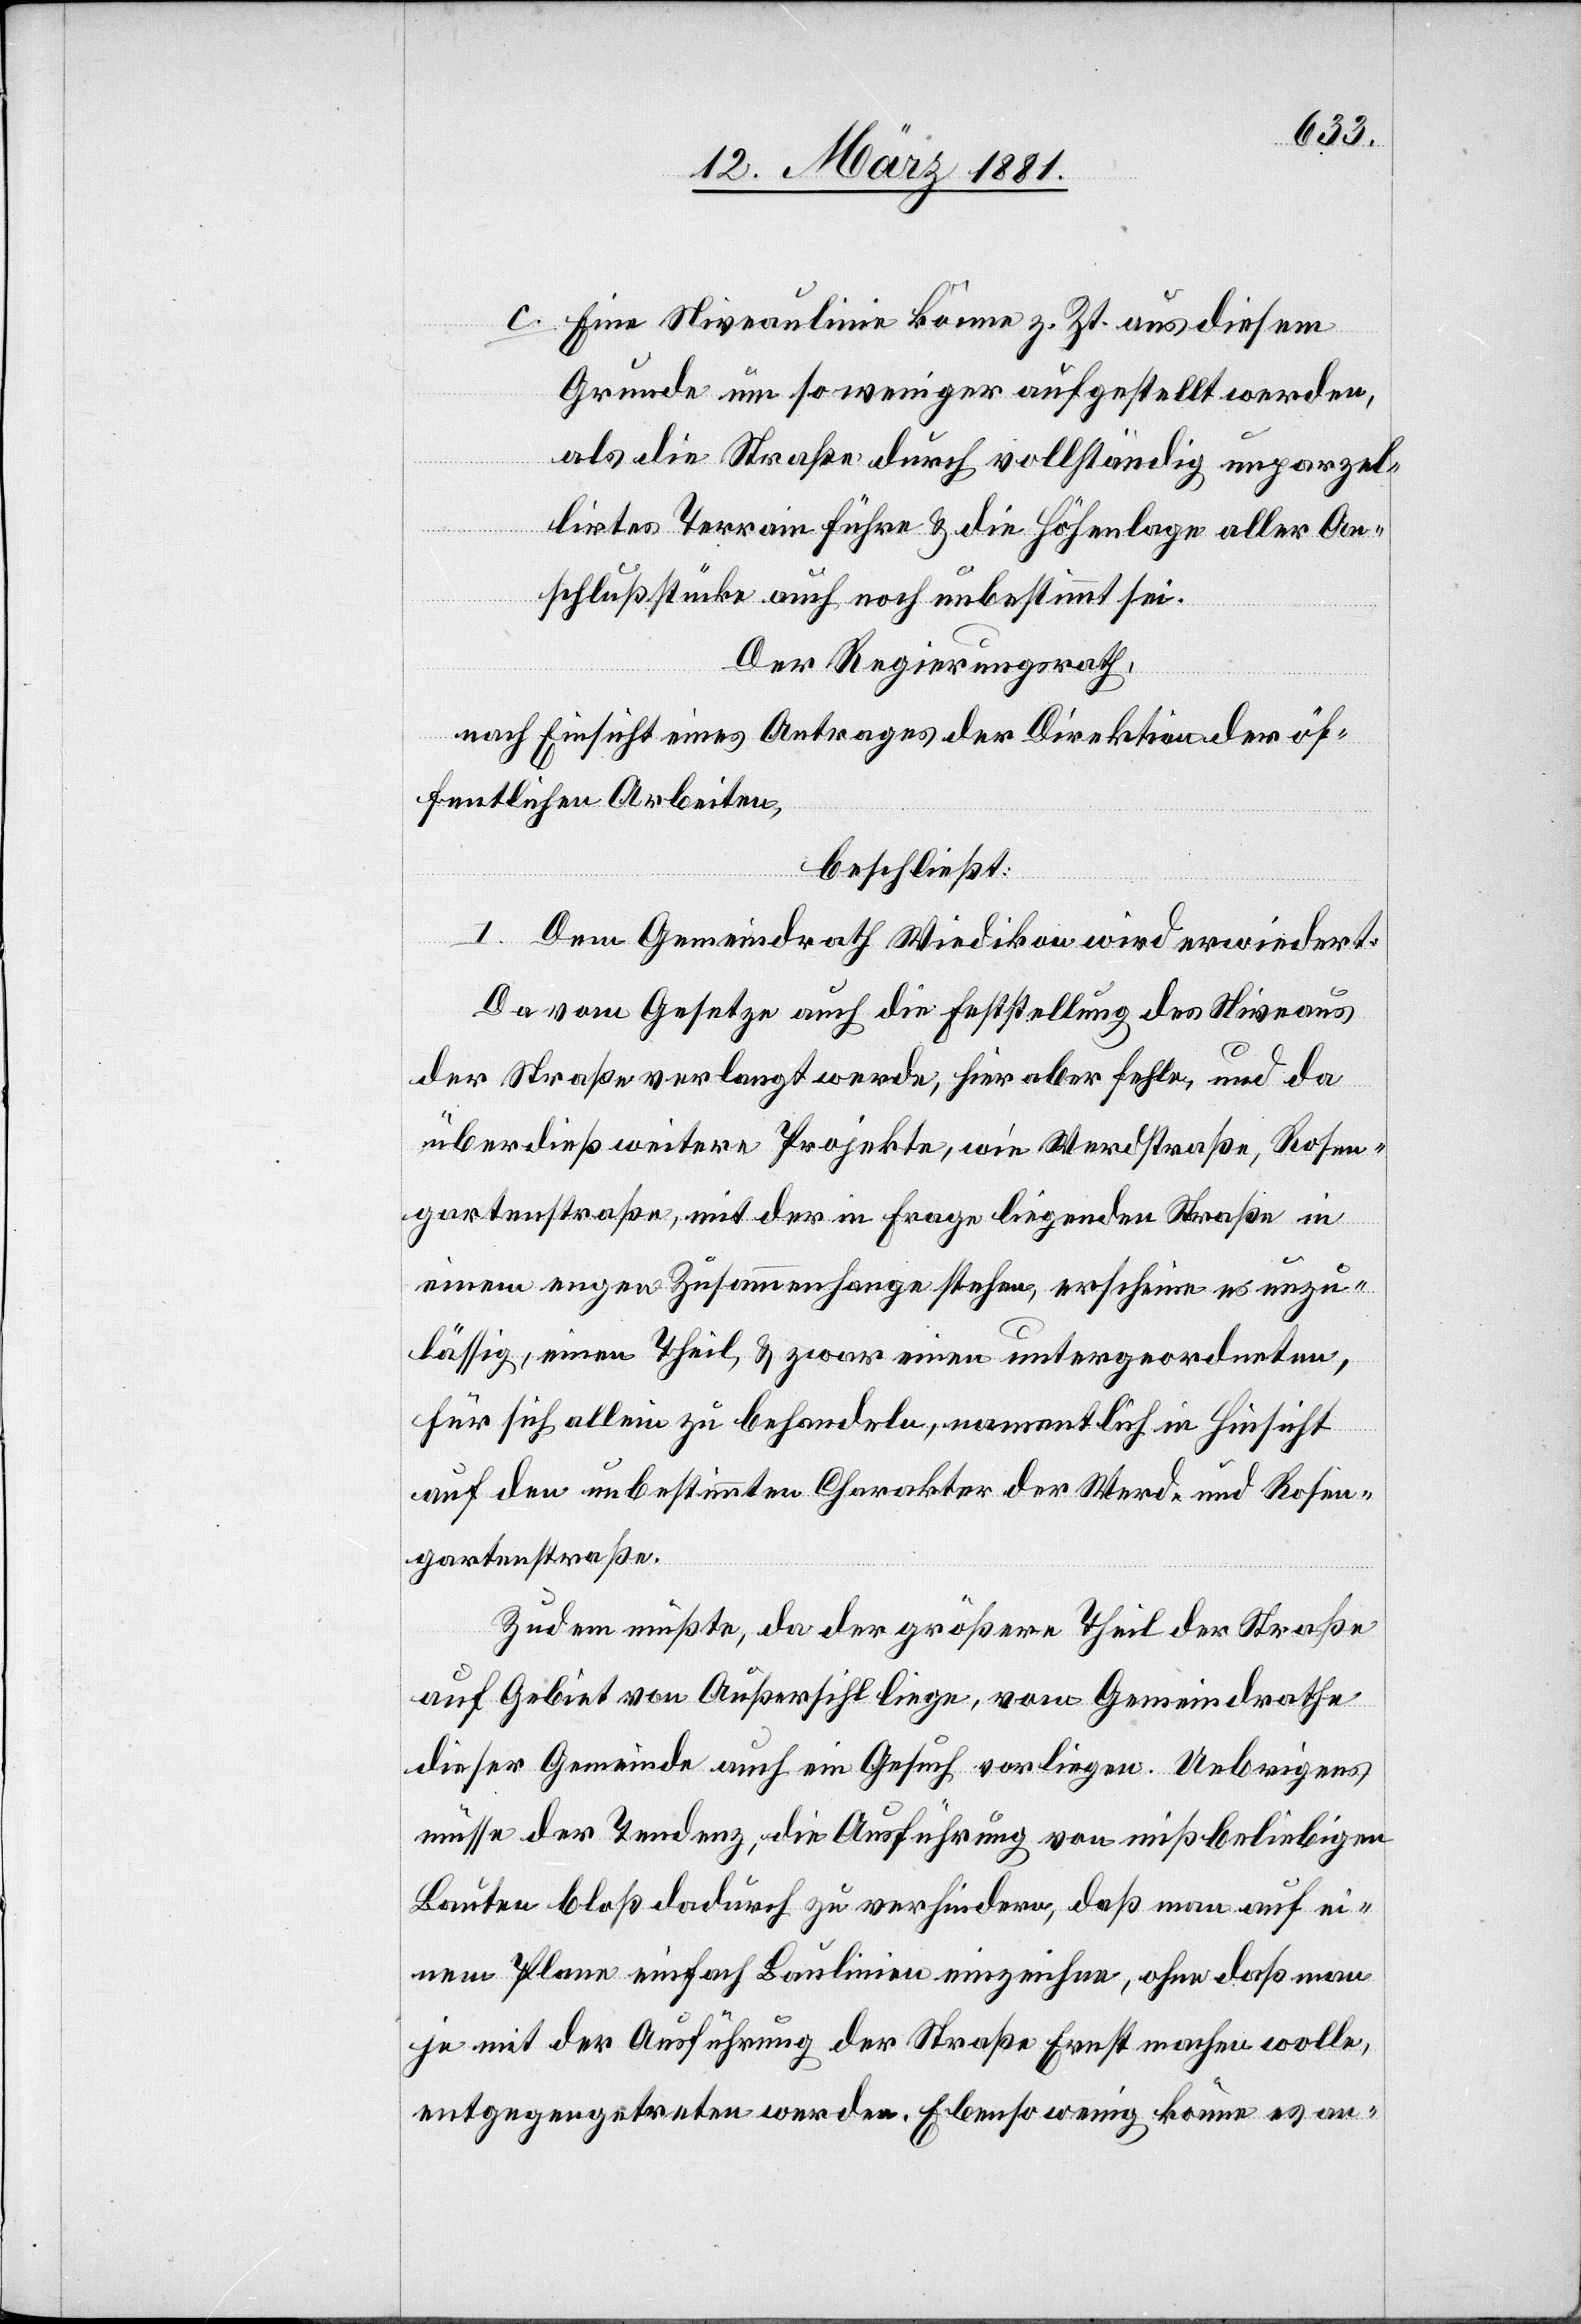
c. Eine Niveaulinie könne z. Zt. aus diesem
Grunde um so weniger aufgestellt werden,
als die Straße durch vollständig unparzel¬
lirtes Terrain führe & die Höhenlage aller An¬
schlußstücke auch noch unbestimmt sei.
Der Regierungsrath,
nach Einsicht eines Antrages der Direktion der öf¬
fentlichen Arbeiten,
beschließt:
I. Dem Gemeindrath Wiedikon wird erwiedert:
Da vom Gesetze auch die Feststellung des Niveaus
der Straße verlangt werde, hier aber fehle, und da
überdieß weitere Projekte, wie Werdstraße, Rosen¬
gartenstraße, mit der in Frage liegenden Straße in
einem engen Zusammenhange stehen, erscheine es unzu¬
lässig, einen Theil, & zwar einen untergeordneten,
für sich allein zu behandeln, namentlich in Hinsicht
auf den unbestimmten Charakter der Wird- und Rosen¬
gartenstraße.
Zudem müßte, da der größere Theil der Straße
auf Gebiet von Außersihl liege, vom Gemeindrathe
dieser Gemeinde auch ein Gesuch vorliegen. Uebrigens
müsse der Tendenz, die Ausführung von mißbeliebigen
Bauten bloß dadurch zu verhindern, daß man auch ei¬
nem Plane einfach Baulinien einzeichne, ohne daß man
je mit der Ausführung der Straße Ernst machen wolle,
entgegentreten werden. Ebenso wenig könne es an-